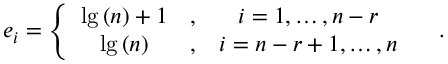
e _ { i } = \left\{ \begin{array} { c c c } { { \lg \left( n \right) + 1 } } & { { , } } & { { i = 1 , \ldots , n - r } } \\ { { \lg \left( n \right) } } & { { , } } & { { i = n - r + 1 , \ldots , n } } \end{array} \right. \quad .